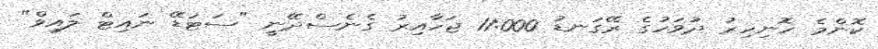
ކޮންމެ ހޮނިހިރު ދުވަހުގެ ރޭގަނޑު 11:000 ޖަހާއިރު ގެނެސްދޭނީ "ސަޓަޑޭ ނައިޓް ލައިވް"